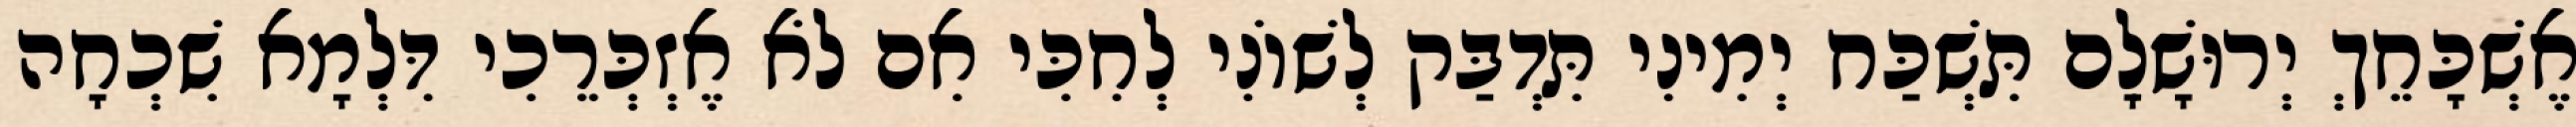
אֶשְׁכָּחֵךְ יְרוּשָׁלִָם תִּשְׁכַּח יְמִינִי תִּדְבַּק לְשׁוֹנִי לְחִכִּי אִם לֹא אֶזְכְּרֵכִי דִּלְמָא שִׁכְחָה